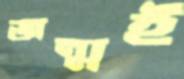
জন্মই